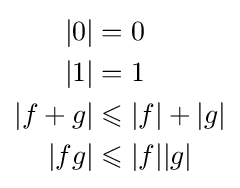
{\begin{aligned}|0|&=0\\|1|&=1\\|f+g|&\leqslant |f|+|g|\\|fg|&\leqslant |f||g|\end{aligned}}